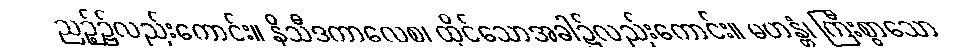
ညဉ့်၌လည်းကောင်း။ နိသီဒကာလေစ၊ ထိုင်သောအခါ၌လည်းကောင်း။ မဟန္တံ၊ ကြီးစွာသော